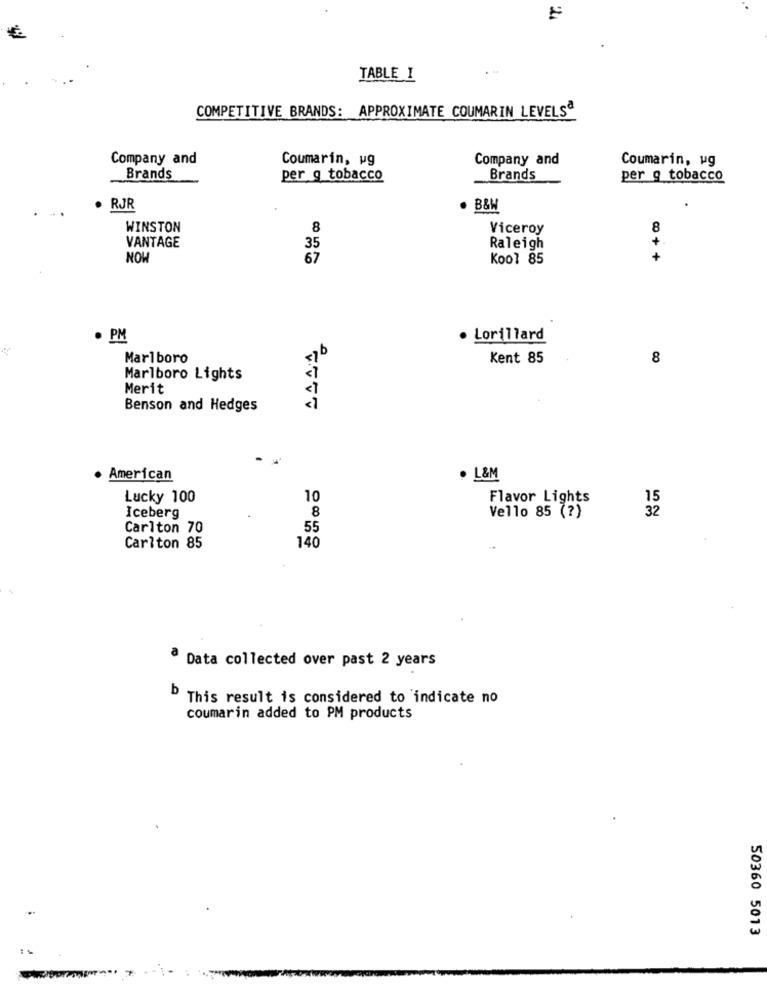
€
TABLE I
COMPETITIVE BRANDS: APPROXIMATE COUMARIN LEVELS
Company and
Coumarin, wg
Company and
Coumarin, ug
Brands
per g tobacco
Brands
per g tobacco
. RJR
. B&W
WINSTON
8
Viceroy
8
VANTAGE
35
Raleigh
NOW
67
Kool 85
+
· PM
· Lorillard
Marlboro
Kent 85
8
Marlboro Lights
Merit
Benson and Hedges
· American
. L&M
Lucky 100
10
Flavor Lights
15
8
32
Iceberg
Vello 85 (?)
Carlton 70
55
Carlton 85
140
Data collected over past 2 years
b
This result is considered to indicate no
coumarin added to PM products
50360 5013